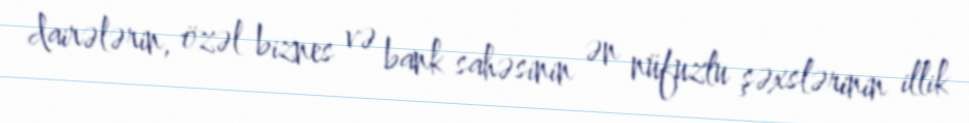
dairələrin, özəl biznes və bank sahəsinin ən nüfuzlu şəxslərinin illik